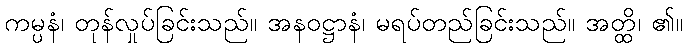
ကမ္ပနံ၊ တုန်လှုပ်ခြင်းသည်။ အနဝဋ္ဌာနံ၊ မရပ်တည်ခြင်းသည်။ အတ္ထိ၊ ၏။